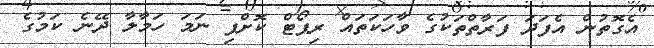
އެގޮތުން އެފަދަ ފަރާތްތަކުގެ ވާހަކަތައް ރިޕޯޓް ކޮށްފި ނަމަ ހަމާލާ ދޭނެ ކަމުގެ